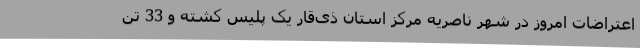
اعتراضات امروز در شهر ناصریه مرکز استان ذی‌قار یک پلیس کشته و 33 تن